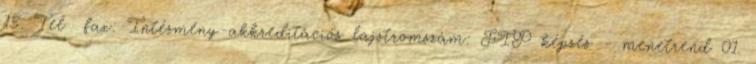
15. Tel fax: Intézmény-akkreditációs lajstromszám: FIP képzés - menetrend 01.